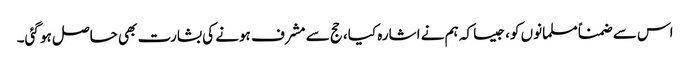
اس سے ضمناً مسلمانوں کو، جیسا کہ ہم نے اشارہ کیا، حج سے مشرف ہونے کی بشارت بھی حاصل ہو گئی۔